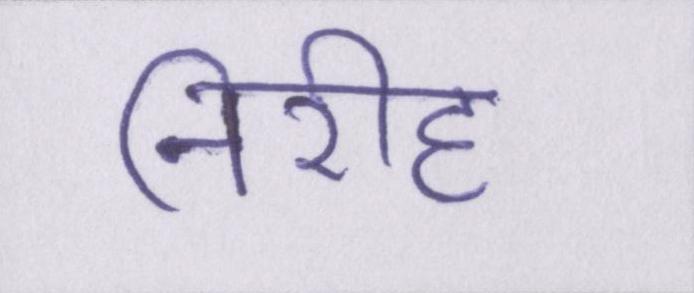
निरीह